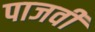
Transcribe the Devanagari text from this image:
पाजवी